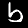
Label: 6